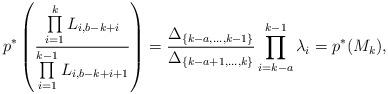
LaTeX: \begin{align*}p^*\left(\frac{\prod\limits_{i=1}^k L_{i,b-k+i}}{\prod\limits_{i=1}^{k-1}L_{i,b-k+i+1}}\right)= \frac{\Delta_{\{k-a,\dots,k-1\}}}{\Delta_{\{k-a+1,\dots, k\}}}\prod_{i=k-a}^{k-1} \lambda_i=p^* (M_k ),\end{align*}